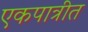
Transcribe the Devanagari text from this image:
एकपात्रीत